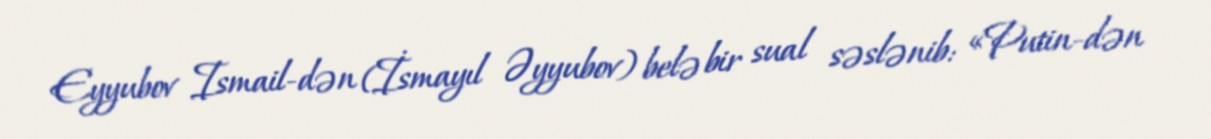
Eyyubov Ismail-dən (İsmayıl Əyyubov) belə bir sual səslənib: «Putin-dən